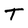
Character: T